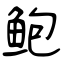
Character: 鲍